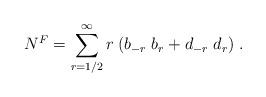
LaTeX: \begin{align*}N^F=\sum_{r=1/2}^{\infty}r\;(b_{-r}\; b_r+d_{-r}\;d_r)\;.\end{align*}